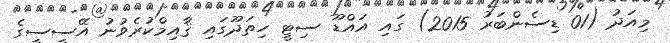
މިއަދު (01 ޑިސެންބަރު 2015) ގައި އައްޑޫ ސިޓީ ހިތަދޫގައި ޤާއިމްކުރެވުނު އޭސީސީގެ